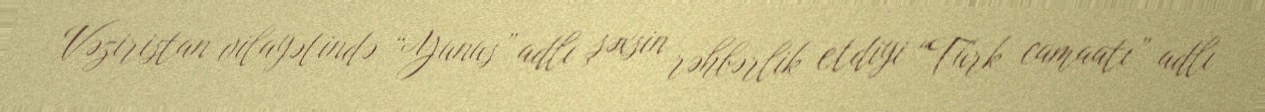
Vəziristan vilayətində “Yunus” adlı şəxsin rəhbərlik etdiyi “Türk camaatı” adlı